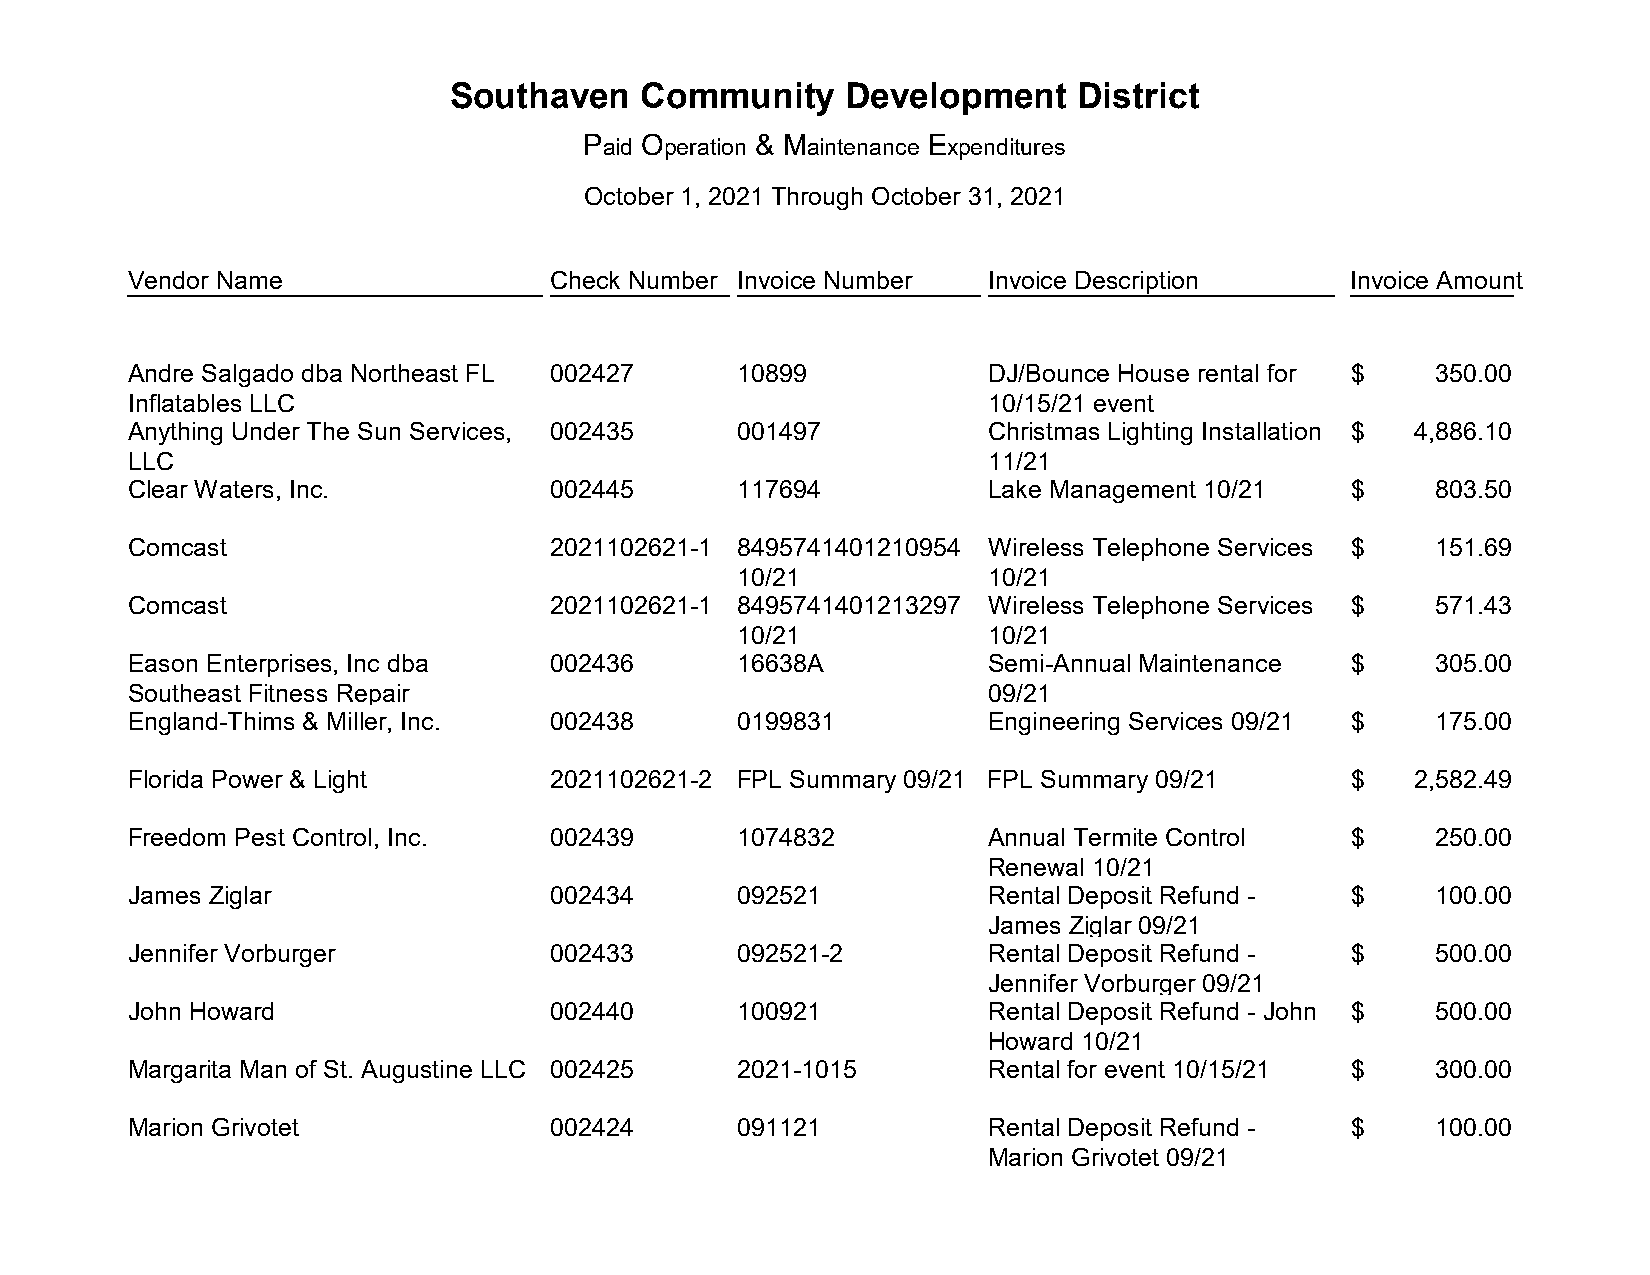
Southaven    Community     Development    District
 Paid Operation & Maintenance Expenditures
 October 1, 2021 Through October 31, 2021
 Vendor Name                 Check Number Invoice Number  Invoice Description     Invoice Amount
 Andre Salgado dba Northeast FL 002427   10899            DJ/Bounce House rental for $  350.00
 Inflatables LLC                                          10/15/21 event
 Anything Under The Sun Services, 002435 001497           Christmas Lighting Installation $ 4,886.10
 LLC                                                      11/21
 Clear Waters, Inc.          002445      117694           Lake Management 10/21   $     803.50
 Comcast                     2021102621-1 8495741401210954 Wireless Telephone Services $ 151.69
 10/21            10/21
 Comcast                     2021102621-1 8495741401213297 Wireless Telephone Services $ 571.43
 10/21            10/21
 Eason Enterprises, Inc dba  002436      16638A           Semi-Annual Maintenance $     305.00
 Southeast Fitness Repair                                 09/21
 England-Thims & Miller, Inc. 002438     0199831          Engineering Services 09/21 $  175.00
 Florida Power & Light       2021102621-2 FPL Summary 09/21 FPL Summary 09/21     $   2,582.49
 Freedom Pest Control, Inc.  002439      1074832          Annual Termite Control  $     250.00
 Renewal 10/21
 James Ziglar                002434      092521           Rental Deposit Refund - $     100.00
 James Ziglar 09/21
 Jennifer Vorburger          002433      092521-2         Rental Deposit Refund - $     500.00
 Jennifer Vorburger 09/21
 John Howard                 002440      100921           Rental Deposit Refund - John $ 500.00
 Howard 10/21
 Margarita Man of St. Augustine LLC 002425 2021-1015      Rental for event 10/15/21 $   300.00
 Marion Grivotet             002424      091121           Rental Deposit Refund - $     100.00
 Marion Grivotet 09/21